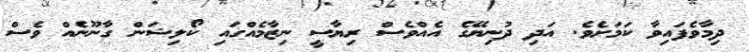
ދިމާވެފައިވާ ކަމަށެވެ. އަދި ދުނިޔޭގެ އެއްވެސް ރިޔާސީ ނިޒާމެއްގައި ކޯލިޝަން ގާނޫނެއް ވެސް